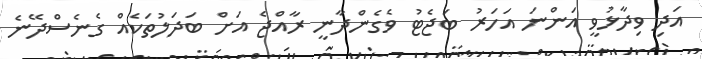
އަދި ވިދާޅުވީ އަންނަ އަހަރު ބަޖެޓު ވެގެންދާނީ ރާއްޖެ އަށް ބަދަލުތަކެއް ގެނެސްދޭނެ